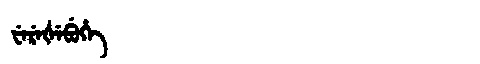
Manchu: ᠸᡝᡵᡝᡧᡝᠪᡠᡥᡝ
Romanization: WEREŠEBUHE